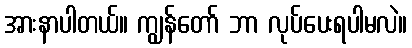
အားနာပါတယ်။ ကျွန်တော် ဘာ လုပ်ပေးရပါမလဲ။